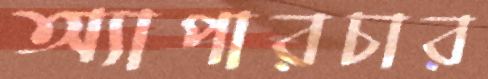
অ্যাপারচার